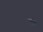
૰